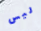
ليس